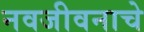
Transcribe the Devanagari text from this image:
नवजीवनाचे